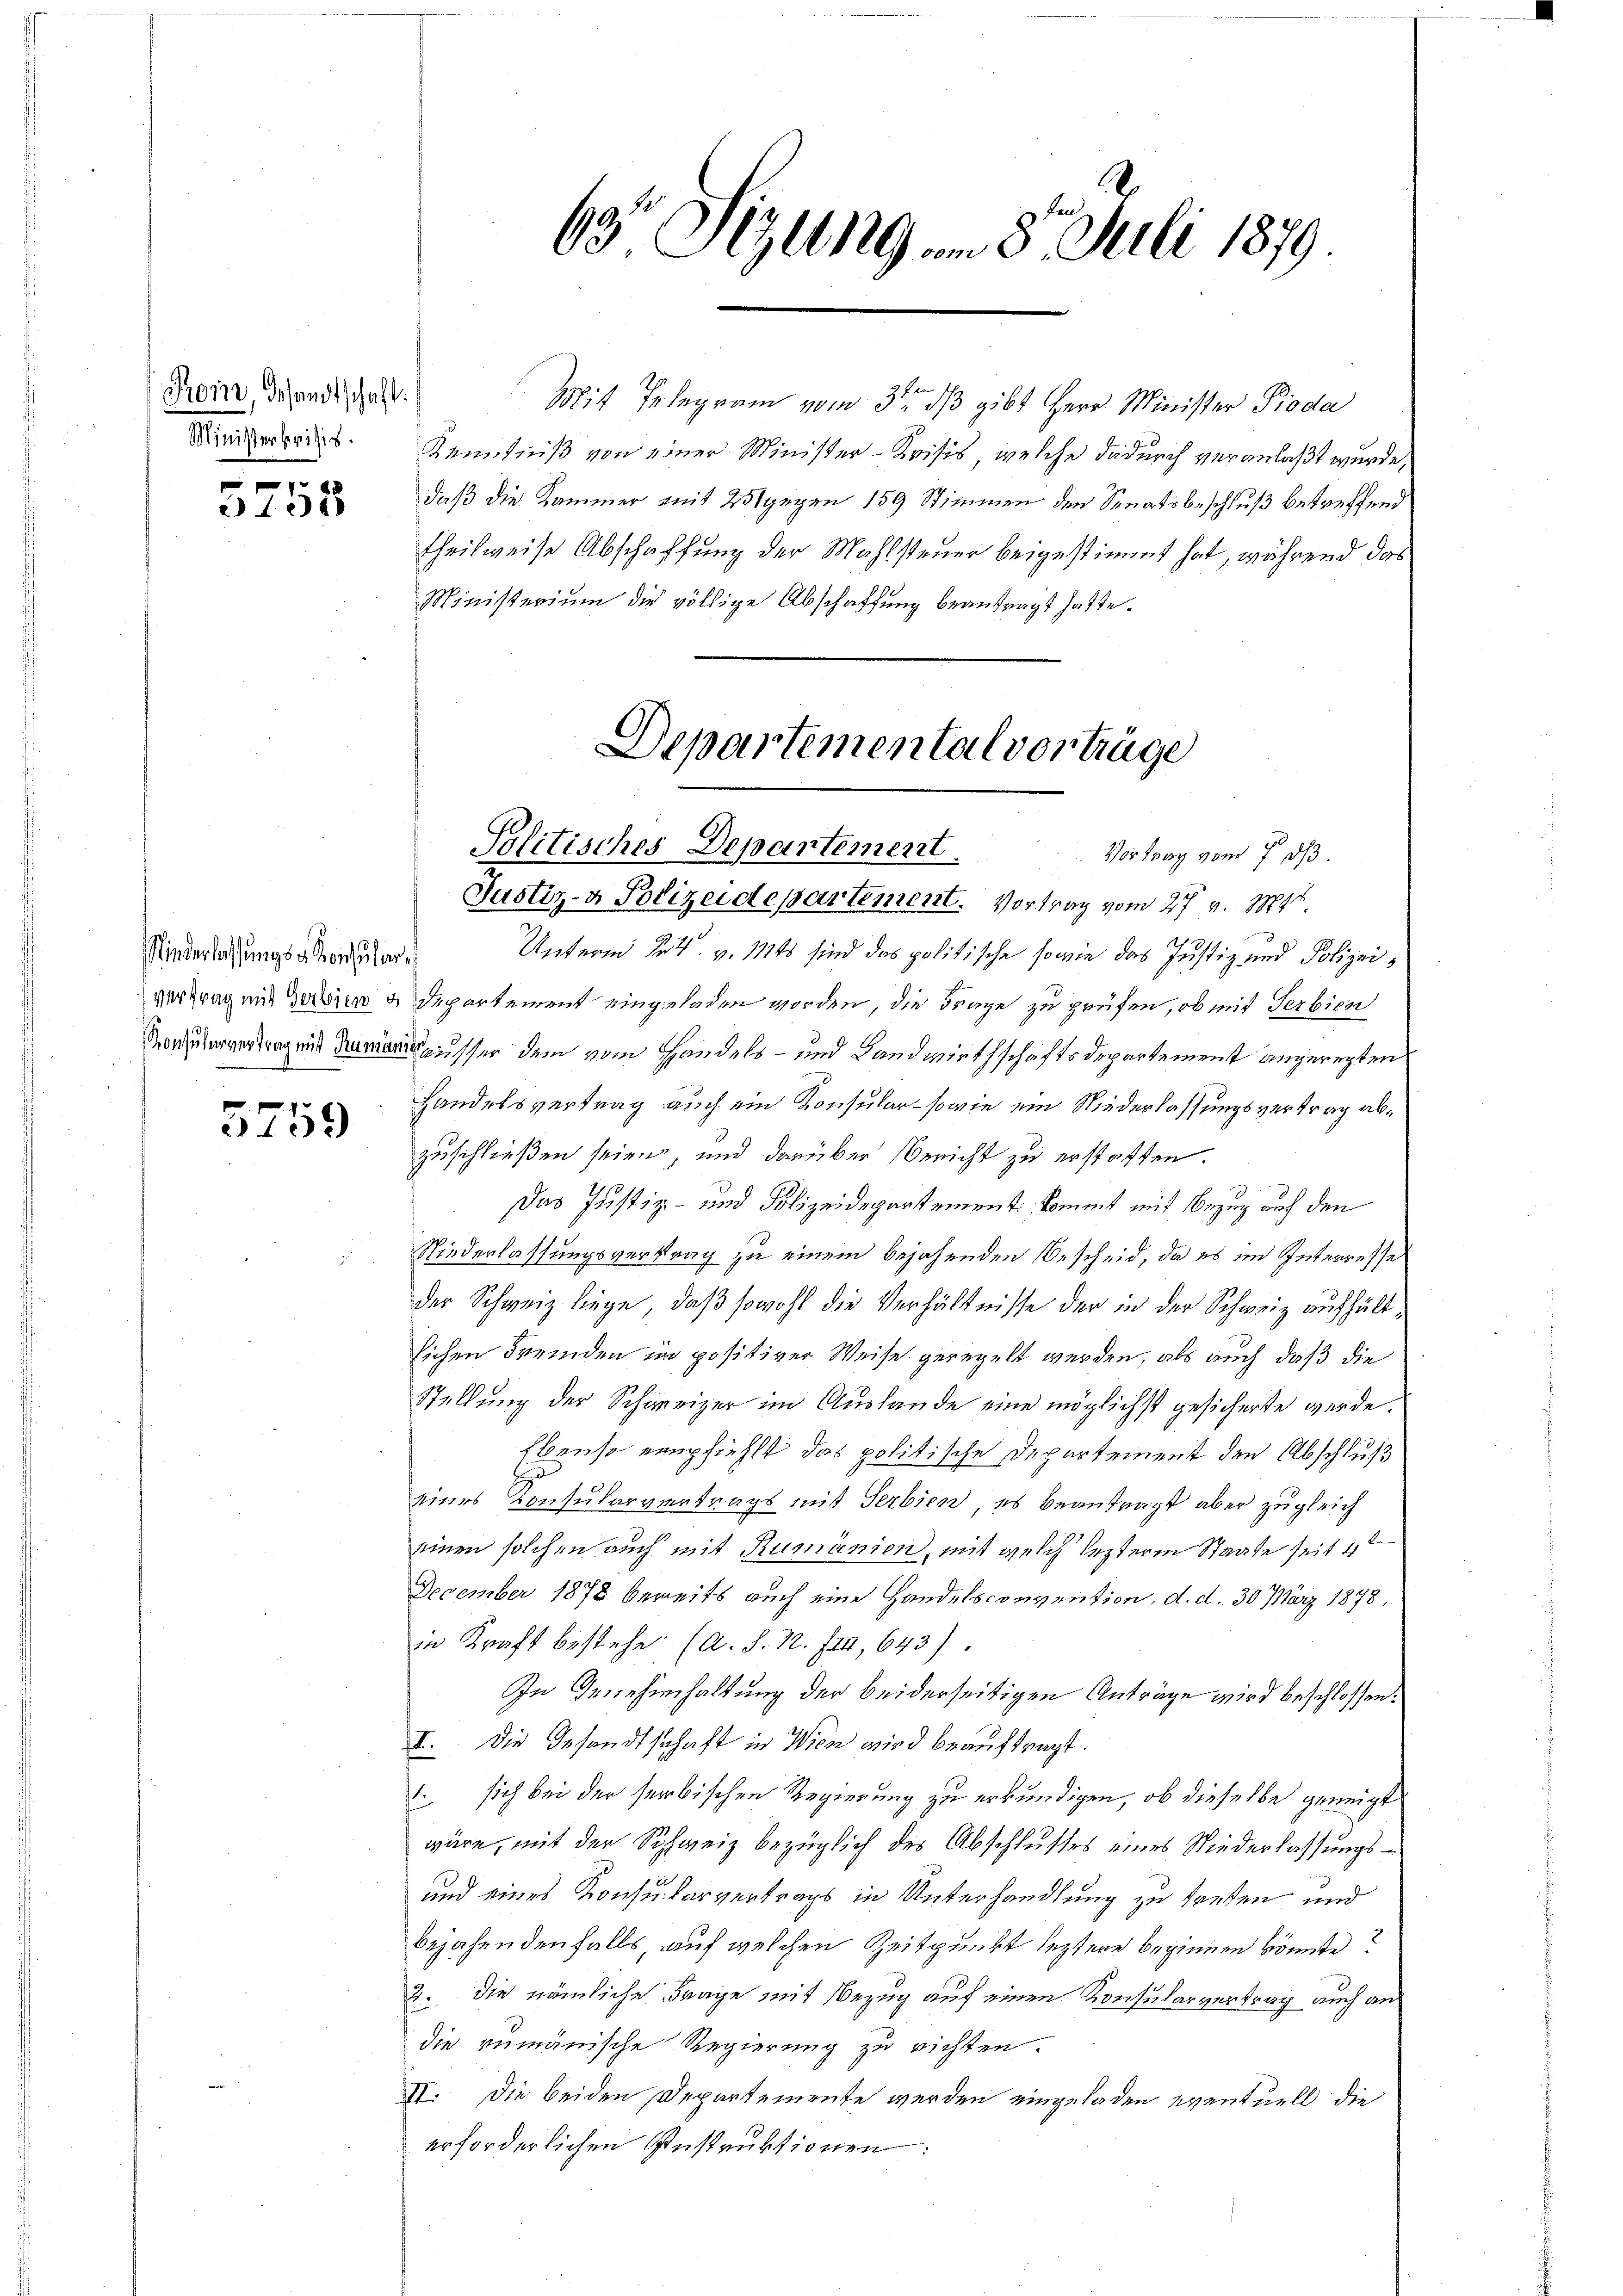
Pron Gesandtschaft.
Ministerkrisis.
1

3138

Niederlassungs - Konsular¬

5759

Politisches Departement.
Vortrag vom 7. ds.
Justiz- & Polizeidepartement. Vortrag vom 27. v. 1884.
Unterm 24. v. Mts sind das politische sowie das Justiz und Polizeivertrag mit Bedien u Departement eingeladen worden, die Frage zu prüfen, ob mit Serbien
Noch zuvertragens dem ausser dem vom Handels- und Landwirthschaftsdepartement angeregten
Handelsvertrag auch ein Konsular - sowie ein Niederlassungsvertrag abzuschließen seien, und darüber Bericht zu erstatten.
Das Justiz- und Polizeidepartement kommt mit Bezug auf den
Niederlassungsvertrag zu einem bejahenden Bescheid, da es im Interresse
der Schweiz liege, daß sowohl die Verhältnisse der in der Schweiz aufhältlichen Fremden in positiver Weise geregelt werden, als auch daß die
Stellung der Schweizer im Auslande eine möglichst gesicherte werde.
Ebenso empfiehlt das politische Departement den Abschluß
d
eines Consularviertrags mit Serbien, es beantragt aber zugleich
einen solchen auch mit Rumänien, mit welch lezterm Staate seit 4t
December 1878 bereits auch eine Handelsconvention, d. d. 30 März 1878.
in Kraft bestehe (a. S. 22. III, 643).
In Genehmhaltung der beiderseitigen Anträge wird beschlossen.
I. Die Gesandtschaft in Wien wird beauftragt.
1. sich bei der serbischen Regierung zu erkundigen, ob dieselbe geneigt
wäre, mit der Schweiz bezüglich des Abschlusses eines Niederlassungs¬
und eines Konsularvertrags in Unterhandlung zu treten und
bejahenden falls, auf welchen Zeitpunkt seztere beginnen könnte?
die nämliche Frage mit Bezug auf einen Konsularvertrag auch an
12.
die rumänische Regierung zu richten.
II. Die beiden Departemente werden eingeladen eventuell die
erforderlichen Instruktionen

Mit Telegram vom 3ten dβ gibt Herr Minister Pioda
Kenntniß von einer Minister-Krisis, welche dadurch veranlaßt wurde,
daß die Kammer mit 25 gegen 159 Stimmen den Senatsbeschluß betreffend
theilweise Abschaffung der Mahlsteuer beigestimmt hat, während das
Ministerium die völlige Abschaffung beantragt hatte.

63 Sizung am 8. Juli 1879

Departemental vorträge